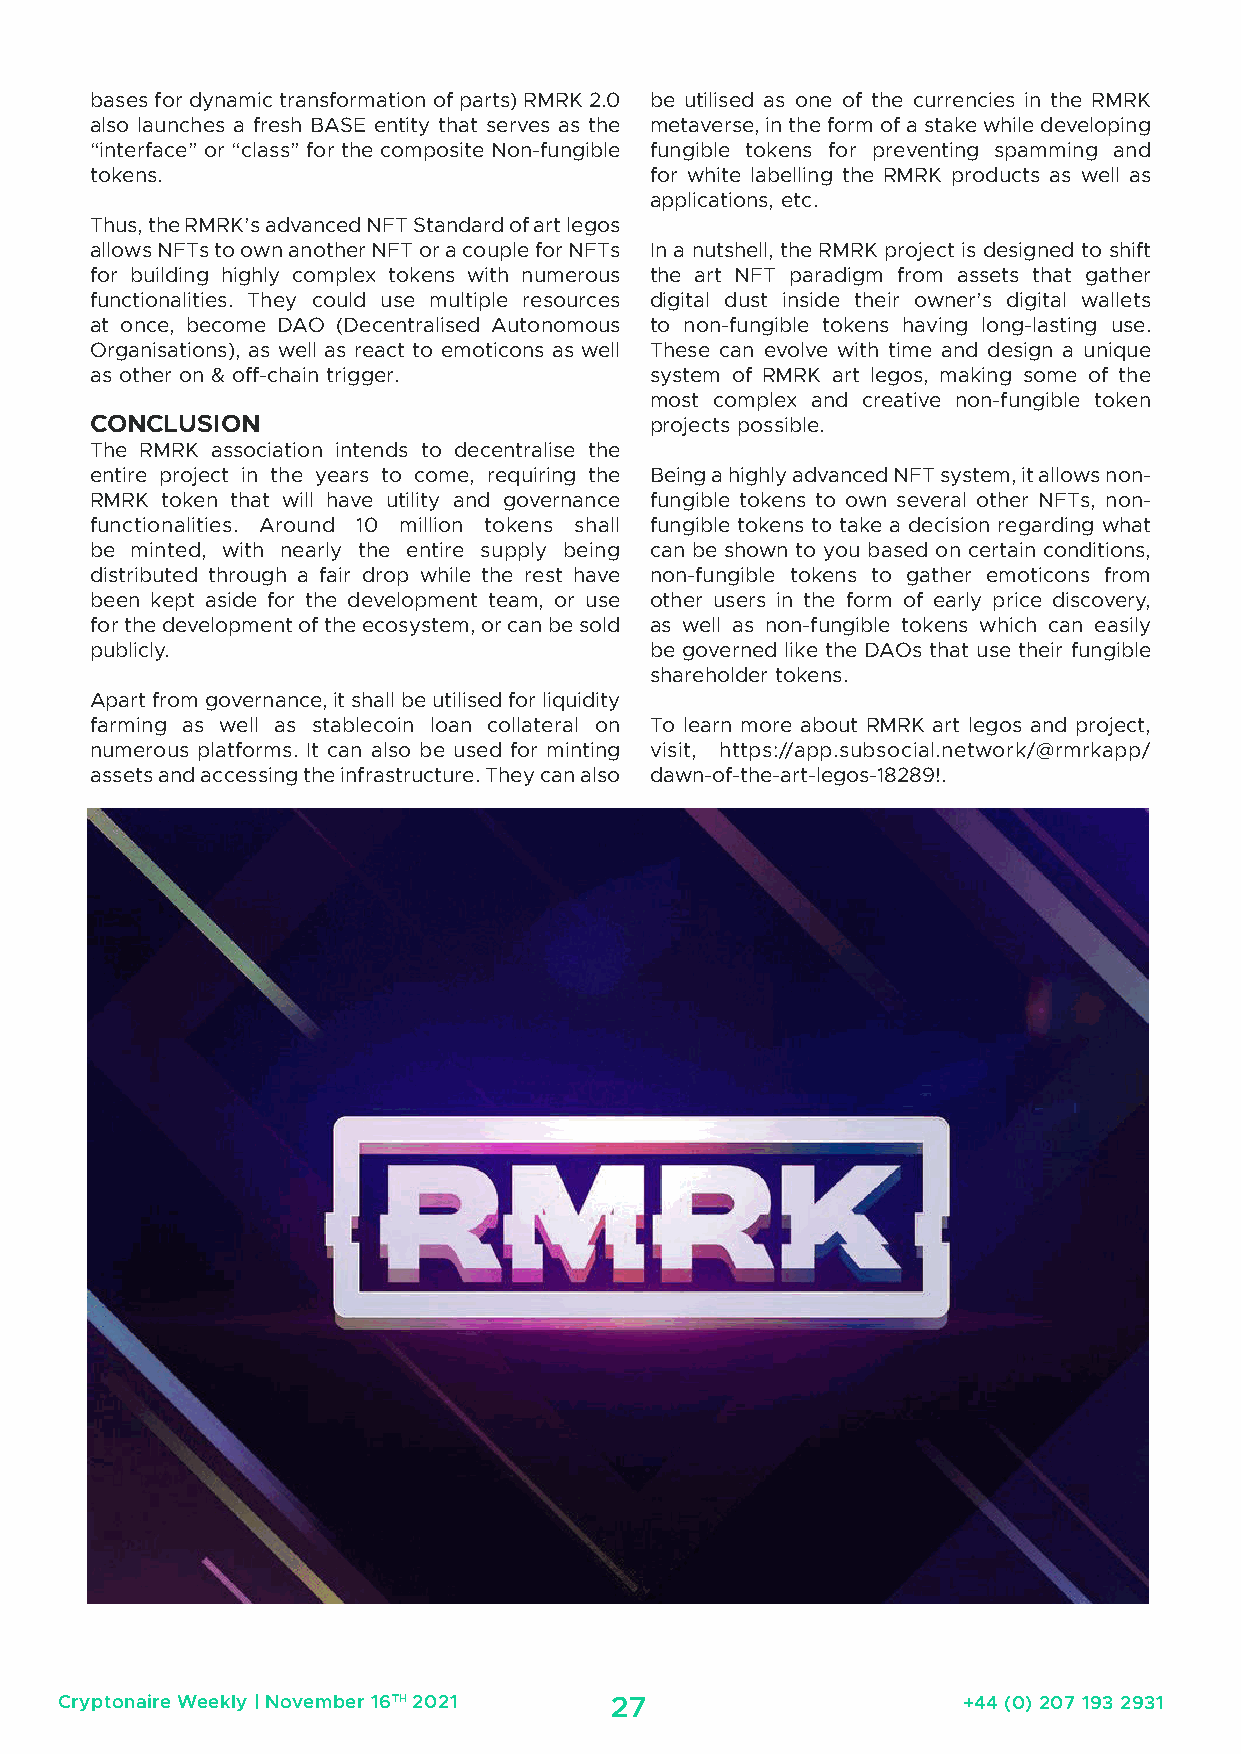
bases for dynamic transformation of parts) RMRK 2.0 be utilised as one of the currencies in the RMRK
 also launches a fresh BASE entity that serves as the metaverse, in the form of a stake while developing
 “interface” or “class” for the composite Non-fungible fungible tokens for preventing spamming and
 tokens.                              for white labelling the RMRK products as well as
 applications, etc.
 Thus, the RMRK’s advanced NFT Standard of art legos
 allows NFTs to own another NFT or a couple for NFTs In a nutshell, the RMRK project is designed to shift
 for building highly complex tokens with numerous the art NFT paradigm from assets that gather
 functionalities. They could use multiple resources digital dust inside their owner’s digital wallets
 at once, become DAO (Decentralised Autonomous to non-fungible tokens having long-lasting use.
 Organisations), as well as react to emoticons as well These can evolve with time and design a unique
 as other on & off-chain trigger.     system of RMRK art legos, making some of the
 most complex and creative non-fungible token
 CONCLUSION                           projects possible.
 The RMRK association intends to decentralise the
 entire project in the years to come, requiring the Being a highly advanced NFT system, it allows non-
 RMRK token that will have utility and governance fungible tokens to own several other NFTs, non-
 functionalities. Around 10 million tokens shall fungible tokens to take a decision regarding what
 be minted, with nearly the entire supply being can be shown to you based on certain conditions,
 distributed through a fair drop while the rest have non-fungible tokens to gather emoticons from
 been kept aside for the development team, or use other users in the form of early price discovery,
 for the development of the ecosystem, or can be sold as well as non-fungible tokens which can easily
 publicly.                            be governed like the DAOs that use their fungible
 shareholder tokens.
 Apart from governance, it shall be utilised for liquidity
 farming as well as stablecoin loan collateral on To learn more about RMRK art legos and project,
 numerous platforms. It can also be used for minting visit, https://app.subsocial.network/@rmrkapp/
 assets and accessing the infrastructure. They can also dawn-of-the-art-legos-18289!.
 Cryptonaire Weekly | November 16TH 2021 27                  +44 (0) 207 193 2931